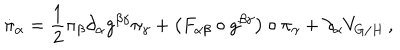
\dot { \pi } _ { \alpha } = \frac { 1 } { 2 } \pi _ { \beta } \partial _ { \alpha } g ^ { \beta \gamma } \pi _ { \gamma } + \left( F _ { \alpha \beta } \circ g ^ { \beta \gamma } \right) \circ \pi _ { \gamma } + \partial _ { \alpha } V _ { G / H } \, ,